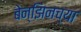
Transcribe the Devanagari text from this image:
बेन्झिनच्या